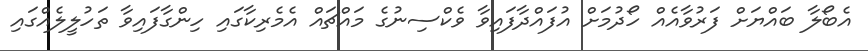
އެބޯލާ ބައްޔަށް ފަރުވާއެއް ހޯދުމަށް އުފައްދާފައިވާ ވެކްސިނުގެ މައްޗައް އެމެރިކާގައި ހިންގާފައިވާ ތަހުލީލެއްގައި